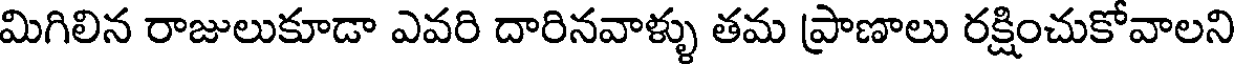
మిగిలిన రాజులుకూడా ఎవరి దారినవాళ్ళు తమ ప్రాణాలు రక్షించుకోవాలని